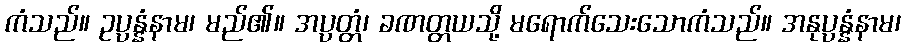
ကံသည်။ ဥပ္ပန္နံနာမ၊ မည်၏။ အပ္ပတ္တံ၊ ခဏတ္တယသို့ မရောက်သေးသောကံသည်။ အနုပ္ပန္နံနာမ၊